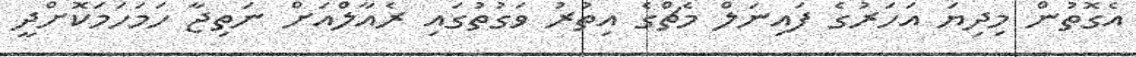
އެގޮތުން މިދިޔަ އަހަރުގެ ފައިނަލް މެޗްގެ އިތުރު ވަގުތުގައި ރެއާލްއަށް ނަތިޖާ ހަމަހަމަކޮށްދީ